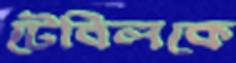
টেবিলকে